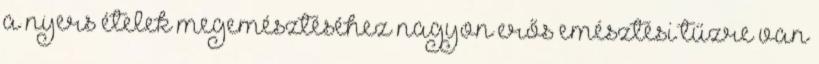
a nyers ételek megemésztéséhez nagyon erős emésztési tűzre van